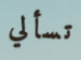
تسألي